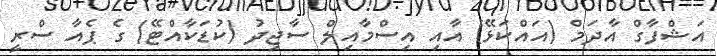
އަޝްފާގް އާދަމް (އައްކަޅޭ) އާއި އިސްމާއިލް ސާޖިދު (ކުޑަކާއްޓޭ) ގެ ޕެއާ ސްރީ